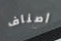
أصناف